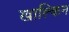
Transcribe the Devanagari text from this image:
खाल्किन